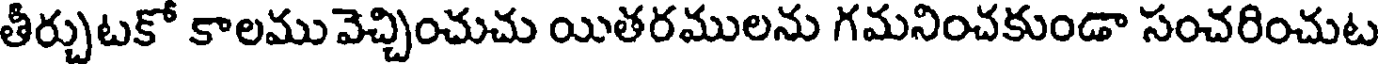
తీర్చుటకో కాలమువెచ్చించుచు యితరములను గమనించకుండా సంచరించుట